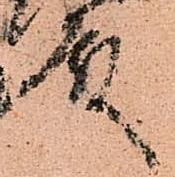
殿